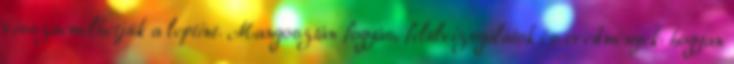
visszaemelhetjük a leptint. Mangosztán fogyás, felülvizsgálatok és eredmények: hogyan